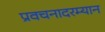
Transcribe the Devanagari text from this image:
प्रवचनादरम्यान